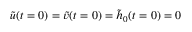
\tilde { u } ( t = 0 ) = \tilde { v } ( t = 0 ) = \tilde { h } _ { 0 } ( t = 0 ) = 0